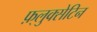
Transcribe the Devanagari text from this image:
फ़्लुक्सेटिन